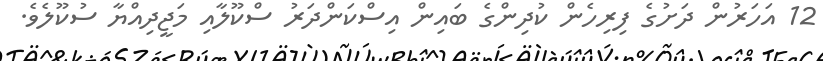
12 އަހަރުން ދަށުގެ ފިރިހެން ކުދިންގެ ބައިން އިސްކަންދަރު ސްކޫލާއި މަޖީދިއްޔާ ސުކޫލެވެ.